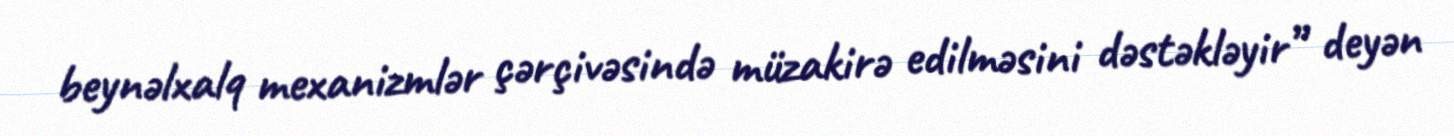
beynəlxalq mexanizmlər çərçivəsində müzakirə edilməsini dəstəkləyir” deyən